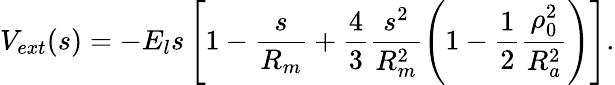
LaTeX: V_{ext}(s)=-E_{l}s\left[1-\frac{s}{R_{m}}+\frac{4}{3}\frac{s^{2}}{R_{m}^{2}}\left(1-\frac{1}{2}\frac{\rho_{0}^{2}}{R_{a}^{2}}\right)\right].